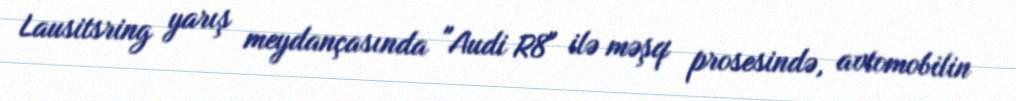
Lausitsring yarış meydançasında "Audi R8" ilə məşq prosesində, avtomobilin